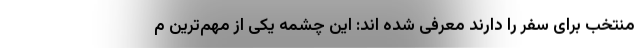
منتخب برای سفر را دارند معرفی شده اند: این چشمه یکی از مهم‌ترین م